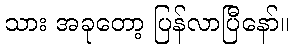
သား အခုတော့ ပြန်လာပြီနော်။